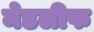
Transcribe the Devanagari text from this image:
मेडलीफ